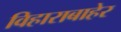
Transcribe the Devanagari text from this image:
विहाराबाहेर